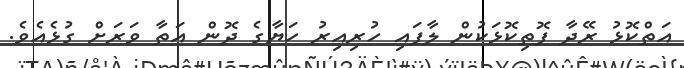
އަތްކޮޅު ރޭދާ ފޮތިކޮޅަކުން ލާފައި ހުރިއިރު ހަޔާގެ ދޮން އަތާ ވަރަށް ގުޅެއެވެ.